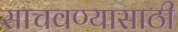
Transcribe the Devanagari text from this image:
साचवण्यासाठी